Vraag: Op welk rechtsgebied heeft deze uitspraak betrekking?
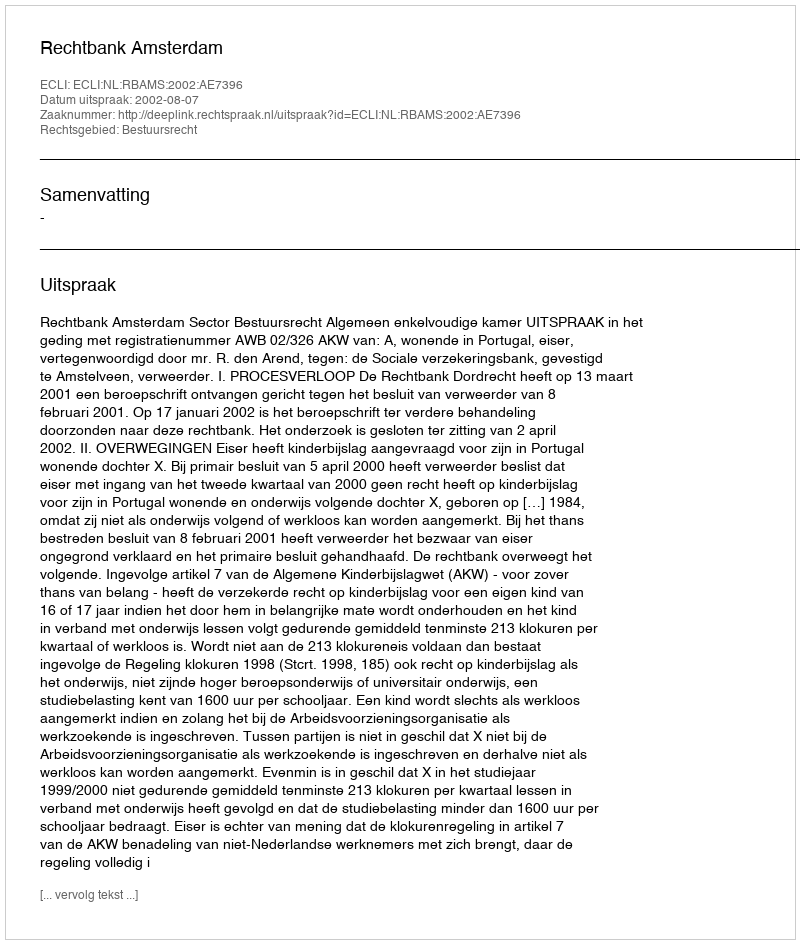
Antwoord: Bestuursrecht